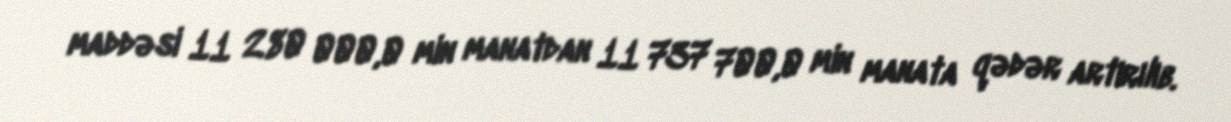
maddəsi 11 280 000,0 min manatdan 11 737 700,0 min manata qədər artırılıb.